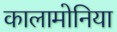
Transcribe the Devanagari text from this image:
कालामोनिया